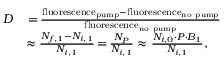
\begin{array} { r l } { D } & { \, { = } \, \frac { \mathrm { f l u o r e s c e n c e } _ { \mathrm { p u m p } } - \mathrm { f l u o r e s c e n c e } _ { \mathrm { n o ~ p u m p } } } { \mathrm { f l u o r e s c e n c e } _ { \mathrm { n o ~ p u m p } } } } \\ & { \approx \frac { N _ { f , 1 } - N _ { i , 1 } } { N _ { i , 1 } } \, { = } \, \frac { N _ { P } } { N _ { i , 1 } } \approx \frac { N _ { i , 0 } \cdot P \cdot B _ { 1 } } { N _ { i , 1 } } , } \end{array}